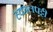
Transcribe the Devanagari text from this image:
ह्कालपट्टी